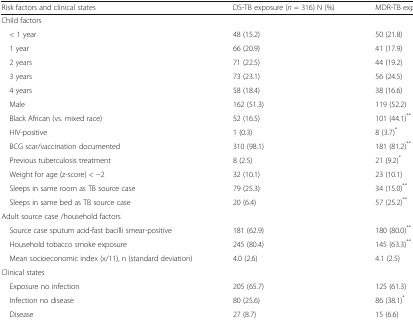
<table><thead><tr><td><b>Risk factors and clinical states</b></td><td><b>DS-TB exposure (<i>n</i> = 316) N (%)</b></td><td><b>MDR-TB exposure (<i>n</i> = 229) N (%)</b></td></tr></thead><tbody><tr><td colspan="3">Child factors</td></tr><tr><td> &lt; 1 year</td><td>48 (15.2)</td><td>50 (21.8)</td></tr><tr><td> 1 year</td><td>66 (20.9)</td><td>41 (17.9)</td></tr><tr><td> 2 years</td><td>71 (22.5)</td><td>44 (19.2)</td></tr><tr><td> 3 years</td><td>73 (23.1)</td><td>56 (24.5)</td></tr><tr><td> 4 years</td><td>58 (18.4)</td><td>38 (16.6)</td></tr><tr><td> Male</td><td>162 (51.3)</td><td>119 (52.2)</td></tr><tr><td> Black African (vs. mixed race)</td><td>52 (16.5)</td><td>101 (44.1)<sup>**</sup></td></tr><tr><td> HIV-positive</td><td>1 (0.3)</td><td>8 (3.7)<sup>*</sup></td></tr><tr><td> BCG scar/vaccination documented</td><td>310 (98.1)</td><td>181 (81.2)<sup>**</sup></td></tr><tr><td> Previous tuberculosis treatment</td><td>8 (2.5)</td><td>21 (9.2)<sup>*</sup></td></tr><tr><td> Weight for age (z-score) &lt; −2</td><td>32 (10.1)</td><td>23 (10.1)</td></tr><tr><td> Sleeps in same room as TB source case</td><td>79 (25.3)</td><td>34 (15.0)<sup>**</sup></td></tr><tr><td> Sleeps in same bed as TB source case</td><td>20 (6.4)</td><td>57 (25.2)<sup>**</sup></td></tr><tr><td colspan="3">Adult source case /household factors</td></tr><tr><td> Source case sputum acid-fast bacilli smear-positive</td><td>181 (62.9)</td><td>180 (80.0)<sup>**</sup></td></tr><tr><td> Household tobacco smoke exposure</td><td>245 (80.4)</td><td>145 (63.3)<sup>**</sup></td></tr><tr><td> Mean socioeconomic index (x/11), n (standard deviation)</td><td>4.0 (2.6)</td><td>4.1 (2.5)</td></tr><tr><td colspan="3">Clinical states</td></tr><tr><td> Exposure no infection</td><td>205 (65.7)</td><td>125 (61.3)</td></tr><tr><td> Infection no disease</td><td>80 (25.6)</td><td>86 (38.1)<sup>*</sup></td></tr><tr><td> Disease</td><td>27 (8.7)</td><td>15 (6.6)</td></tr></tbody></table>